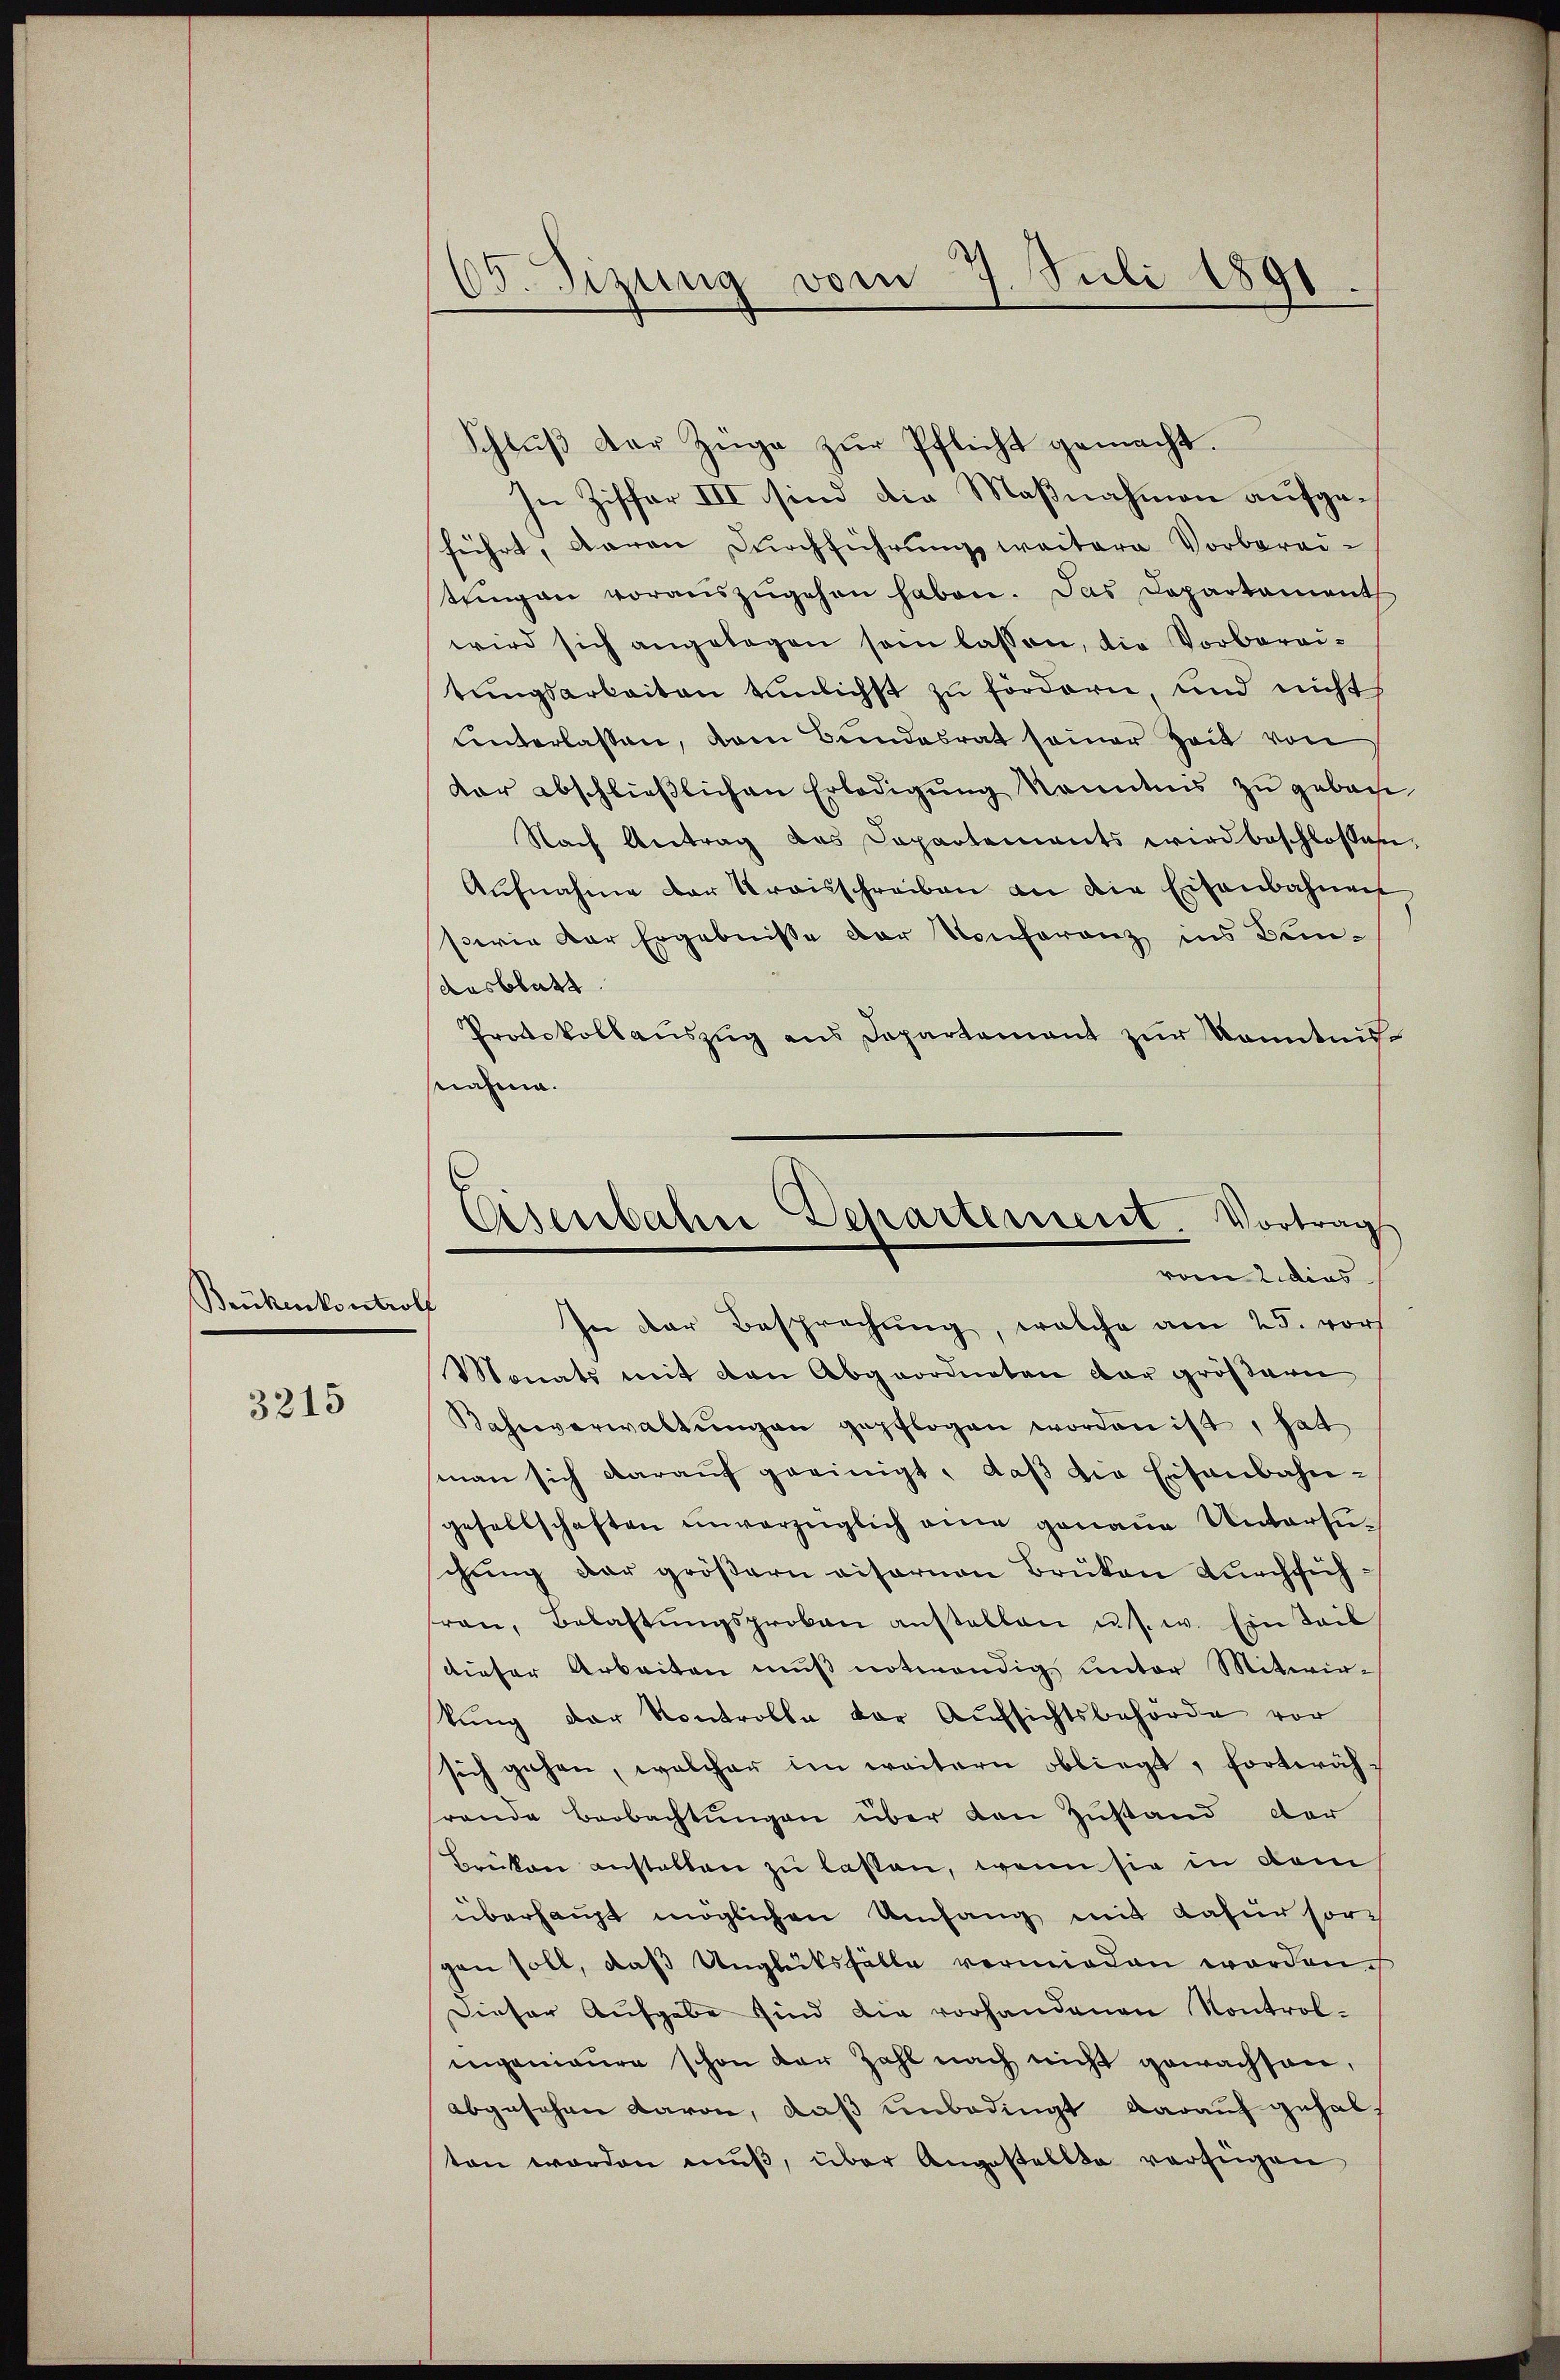
Brükenkontroll

3215

05. Sizung vom 7. Juli 1891.

Schlŭβ der Züge zŭr Pflicht gemacht.
In Ziffer III sind die Maßnahmen aufgeführt, daran Durchführungs weitern Vorbereitŭngen voraŭszŭgehen haben. Das Departament
wird sich angelegen sein lassen, die Vorbereitŭngsarbeiten tünlichst zu fördern und nicht
unterlassen, dem Bundesrat seiner Zeit von
dar abschlieβlichen Erledigŭng kanntnis zŭ geben
Nach Antrag des Departements wird beschlossen.
Aufnahme der Kraisschreiben an die Eisenbahnen
swie der Ergebnisse der Konferenz ins Beidesblatt
Protokollauszug aus Departement zur Kenntnis
nahme.
Monats mit den Abgeordneten der größern
Kahnverwaltŭng an gepflogen worden ist, hat
man sich daraŭf geeinigt, daß die Eisenbahngesellschaften unverzüglich eine genaue Untersuchung der größern visarnen Brüken durchführen, Belastŭngsprokon anstallen u. s. w. Ein Teil
dieser Arbeiten mŭβ notwendig unter Mitwir-
kung der Kontrolle der Aufsichtsbehörde vor
sich gehen, welcher im weitern obliegt, fortwähsrande Beobachtungen über den Zustand der
Brüken anstalten zu lassen, wenn sie in dem
überhaupt möglichen Umfang mit Casur sor
gen soll, daß Unglüksfälle vermieden worden.
Dieser Aufgabe sind die vorhandenen Kontrolingenieure schon der Zahl nach nicht gewachsen,
abgesehen davon, daß unbedingt darauf gehalten worden mŭβ, über Angestellte verfügen

Asenbahn Departement Vortrag
vom 2. dies
In der Besprechung, welche am 25. vors